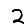
Digit: 2